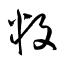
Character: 叛